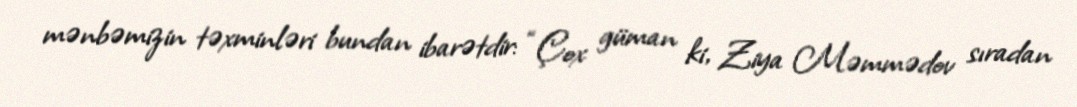
mənbəmizin təxminləri bundan ibarətdir: “Çox güman ki, Ziya Məmmədov sıradan